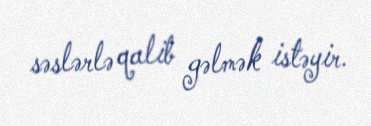
səslərlə qalib gəlmək istəyir.